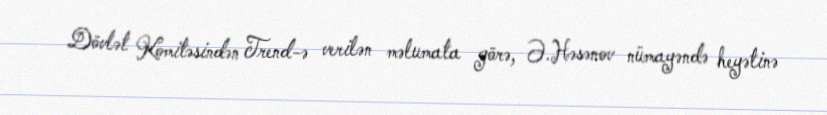
Dövlət Komitəsindən Trend-ə verilən məlumata görə, Ə.Həsənov nümayəndə heyətinə